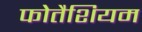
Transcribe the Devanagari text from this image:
फोतैशियम